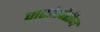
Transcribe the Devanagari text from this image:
घाटांखेरीज